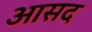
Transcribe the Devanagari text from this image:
आसद